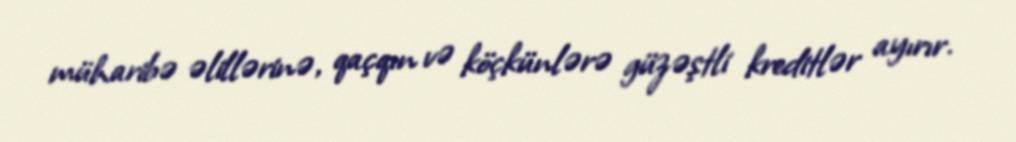
müharibə əlillərinə, qaçqın və köçkünlərə güzəştli kreditlər ayırır.